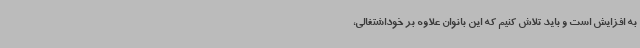
به افزایش است و باید تلاش کنیم که این بانوان علاوه بر خوداشتغالی،